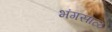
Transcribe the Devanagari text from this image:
भंगसाळ